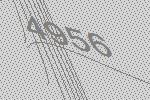
4956